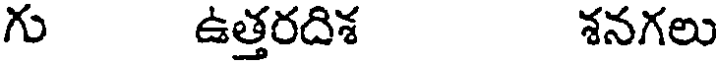
గు ఉత్తరదిశ శనగలు